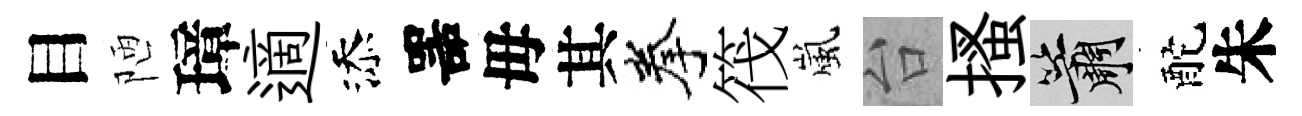
目陋璋適添噐毋其拳筏嵐台搔簫酡朱